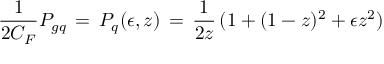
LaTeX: \frac { 1 } { 2 C _ { F } } P _ { g q } \, = \, P _ { q } ( \epsilon , z ) \, = \, \frac { 1 } { 2 z } \, ( 1 + ( 1 - z ) ^ { 2 } + \epsilon z ^ { 2 } )